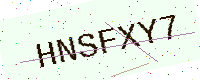
Text: HNSFXY7